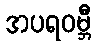
အပရဝမ္ဘီ